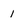
Character: 1